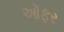
ઑફર